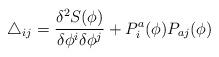
LaTeX: \begin{align*}\triangle_{ij} = \frac{\delta^2 S(\phi)}{\delta \phi^i \delta\phi^j} + P^a_{i}(\phi ) P_{aj}(\phi )\end{align*}